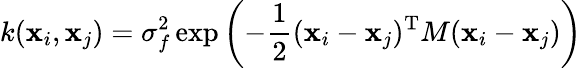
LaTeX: k(\textbf{x}_{i},\textbf{x}_{j})=\sigma_{f}^{2}\exp\left(-\frac{1}{2}(\textbf{x}_{i}-\textbf{x}_{j})^{\textrm{T}}M(\textbf{x}_{i}-\textbf{x}_{j})\right)